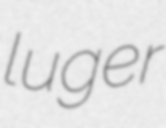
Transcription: luger